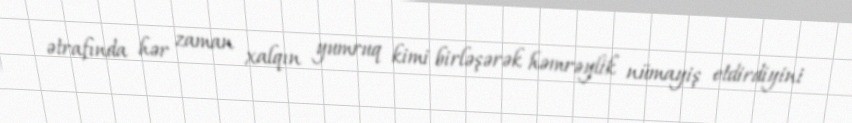
ətrafında hər zaman xalqın yumruq kimi birləşərək həmrəylik nümayiş etdirdiyini